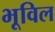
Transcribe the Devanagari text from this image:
भूविल